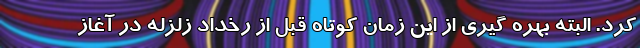
کرد. البته بهره گیری از این زمان کوتاه قبل از رخداد زلزله در آغاز